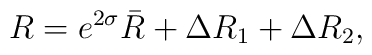
R = e^{2 \sigma} \bar{R} + \Delta R_1 + \Delta R_2,